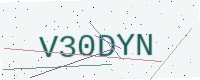
Text: V30DYN